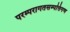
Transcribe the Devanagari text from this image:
परम्परागतसम्पत्तिगण